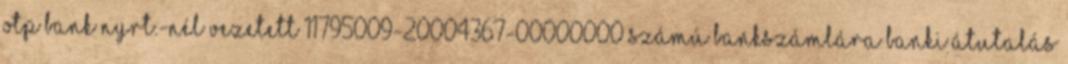
OTP Bank Nyrt.-nél vezetett 11795009-20004367-00000000 számú bankszámlára banki átutalás